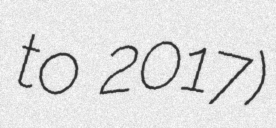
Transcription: to 2017)